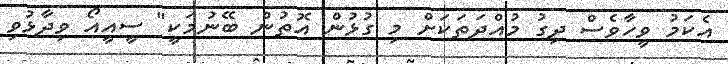
އެކަމު ވީހާވެސް ދިގު މުއްދަތަކަށް މި ގުޅުން އޮތުން ބޭނުމަކީ" ސީއީއޯ ވިދާޅުވި